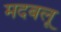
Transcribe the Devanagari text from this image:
मदबलू